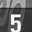
Digit: 5